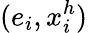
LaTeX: (e_{i},x_{i}^{h})